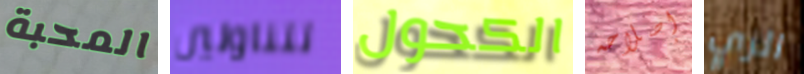
المحبة تتناولين الكحول إصلاحه الزي